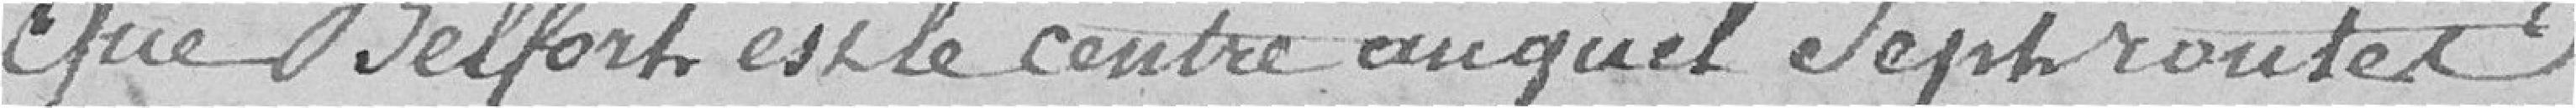
Que Belfort est le centre auquel sept routes